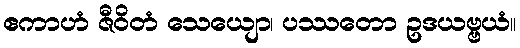
ဧကာဟံ ဇီဝိတံ သေယျော၊ ပဿတော ဥဒယဗ္ဗယံ။